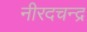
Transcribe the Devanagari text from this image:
नीरदचन्द्र